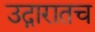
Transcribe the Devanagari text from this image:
उद्गारातच